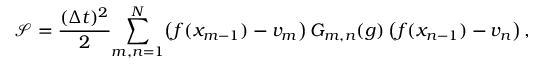
\! \! \mathcal { S } = \frac { ( \Delta t ) ^ { 2 } } { 2 } \! \sum _ { m , n = 1 } ^ { N } \! \left( f ( x _ { m - 1 } ) - v _ { m } \right) G _ { m , n } ( g ) \left( f ( x _ { n - 1 } ) - v _ { n } \right) ,